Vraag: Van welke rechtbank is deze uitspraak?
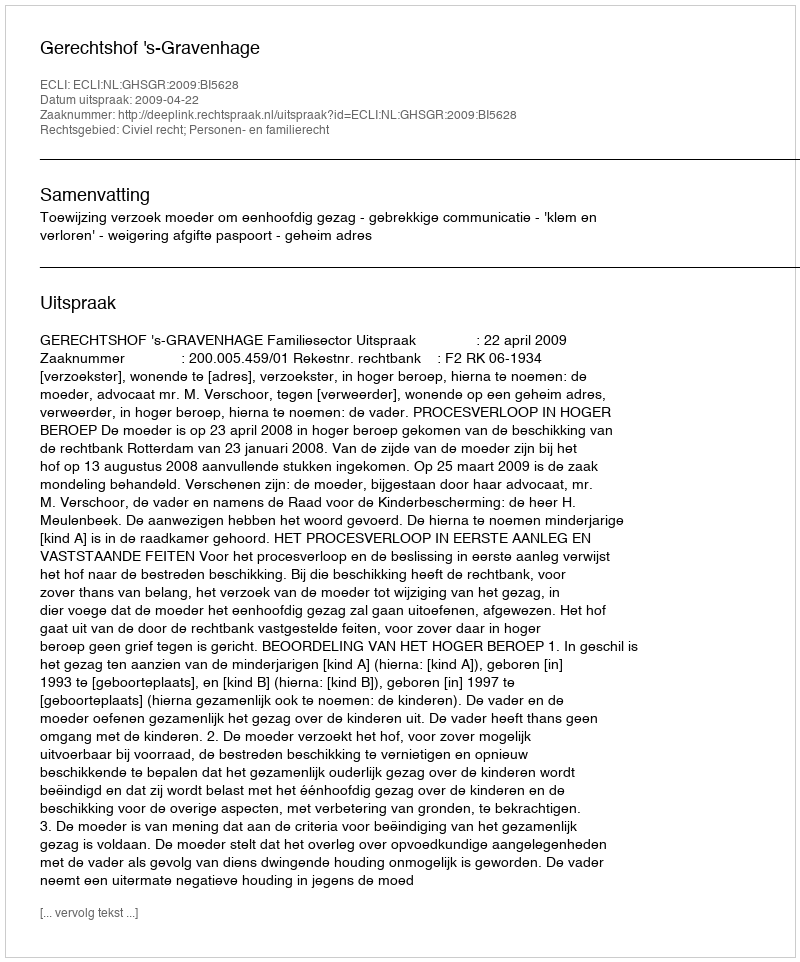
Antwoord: Gerechtshof 's-Gravenhage